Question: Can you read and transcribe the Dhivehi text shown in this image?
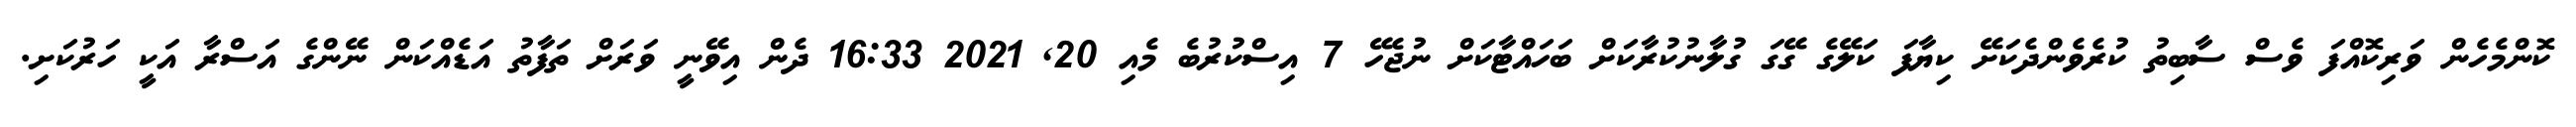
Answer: ކޮންމެހެން ވަރިކޮއްފަ ވެސް ސާބިތު ކުރެވެންދެކަށޭ ކިޔާފަ ކަލޭގެ ގޭގަ ގުލާނުކުރާކަށް ބަހައްޓާކަށް ނުޖެހޭ 7 އިސްކުރުބެ މެއި 20, 2021 16:33 ދެން އިވޭނީ ވަރަށް ތަފާތު އަޑެއްކަން ނޭންގެ އަސްރާ އަކީ ހަރުކަށި.